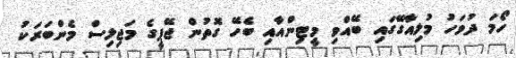
ހޯމަ ދުވަހު މުލިއާގޭގައި ބޭއްވި މީޓިންއާއި ބެހޭ ގޮތުން ޖޭޕީގެ މަޖިލިސް މެންބަރަކު